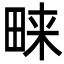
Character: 𭻔